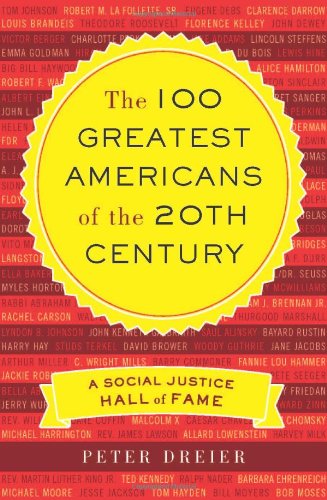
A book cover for The 100 Greatest Americans of the 20th Century: A Social Justice Hall of Fame; Peter Dreier; Biographies & Memoirs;